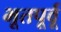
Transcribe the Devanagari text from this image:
भूतपूर्वू